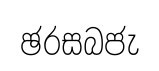
ඡරසබජැ